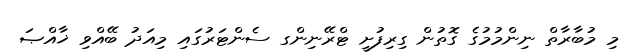
މި މުބާރާތް ނިންމުމުގެ ގޮތުން ގިރިފުށީ ޓްރޭނިންގ ސެންޓަރުގައި މިއަދު ބޭއްވި ޚާއްޞަ